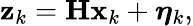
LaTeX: \mathbf{z}_{k}=\mathbf{H}\mathbf{x}_{k}+\boldsymbol{\eta}_{k},